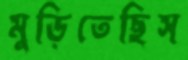
মুড়িতেছিস